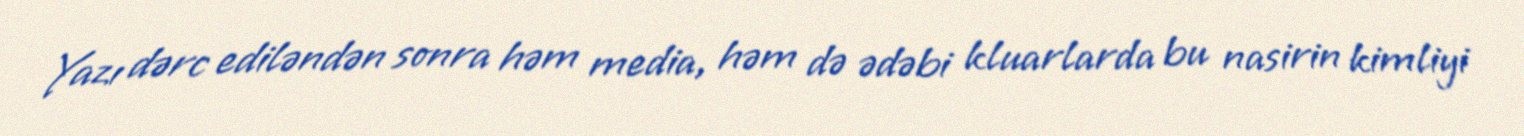
Yazı dərc ediləndən sonra həm media, həm də ədəbi kluarlarda bu nasirin kimliyi